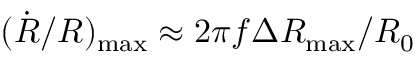
( \dot { R } / R ) _ { \mathrm { m a x } } \approx 2 \pi f \Delta R _ { \mathrm { m a x } } / R _ { 0 }